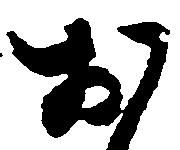
お